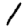
Digit: 1